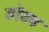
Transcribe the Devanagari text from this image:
डॉक्ड